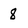
Character: 8